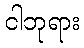
ငါဘုရား